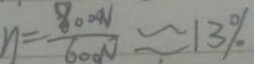
n = \frac { 8 0 0 0 N } { 6 0 0 N } \approx 1 3 \%